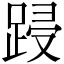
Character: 𮛟